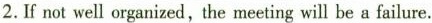
2.If not well organized,the meeting will be a failure.